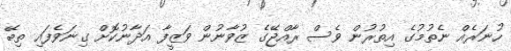
ހުނަރެއް ނެތުމުގެ އިތުރުން ވެސް ރާއްޖޭގެ ޒުވާނުން ވަޒީފާ އަދާނުކޮށް ގިނަވެފައި ތިބޭ